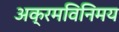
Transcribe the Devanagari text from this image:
अक्रमविनिमय